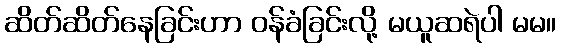
ဆိတ်ဆိတ်နေခြင်းဟာ ဝန်ခံခြင်းလို့ မယူဆရဲပါ မမ။